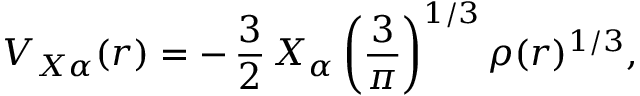
V _ { X \alpha } ( r ) = - \, \frac { 3 } { 2 } \, X _ { \alpha } \left( \frac { 3 } { \pi } \right) ^ { { 1 } / { 3 } } \rho ( r ) ^ { { 1 } / { 3 } } ,